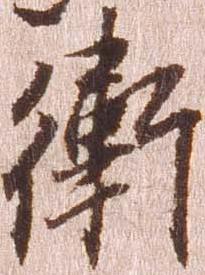
衛